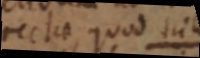
rectae, quod s